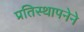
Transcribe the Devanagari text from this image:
प्रतिस्थापनेने